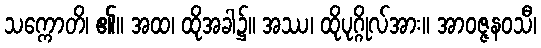
သက္ကောတိ၊ ၏။ အထ၊ ထိုအခါ၌။ အဿ၊ ထိုပုဂ္ဂိုလ်အား။ အာဝဇ္ဇနဝသီ၊